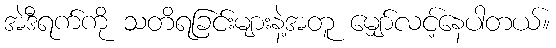
အဲဒီရက်ကို သတိရခြင်းများနဲ့အတူ မျှော်လင့်နေပါတယ်။